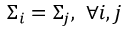
\Sigma _ { i } = \Sigma _ { j } , \ \forall i , j